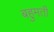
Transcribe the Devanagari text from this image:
बहुमती